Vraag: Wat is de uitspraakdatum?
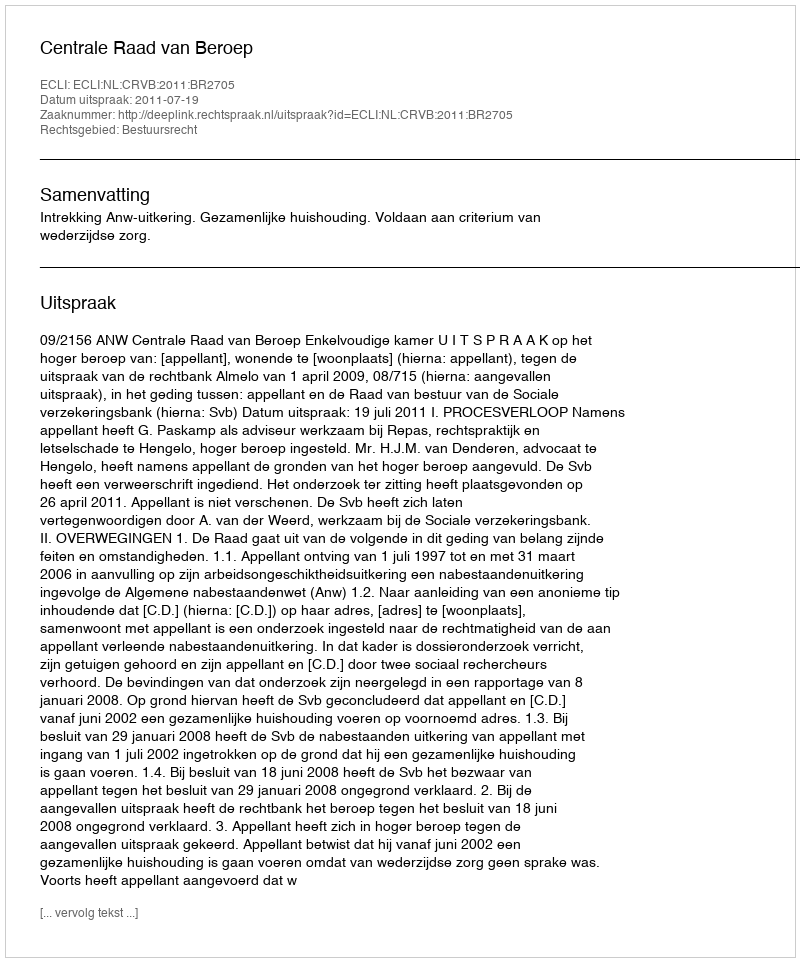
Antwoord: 2011-07-19